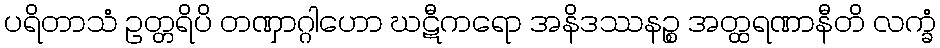
ပရိတာသံ ဥတ္တရိပိ တဏှာဂ္ဂါဟော ဃဋီကရော အနိဒဿနဉ္စ အတ္ထရဏာနီတိ လက္ခံ